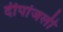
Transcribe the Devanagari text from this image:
दीपांजली